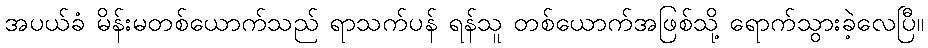
အပယ်ခံ မိန်းမတစ်ယောက်သည် ရာသက်ပန် ရန်သူ တစ်ယောက်အဖြစ်သို့ ရောက်သွားခဲ့လေပြီ။